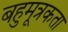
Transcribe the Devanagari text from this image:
बहुमूत्रकता